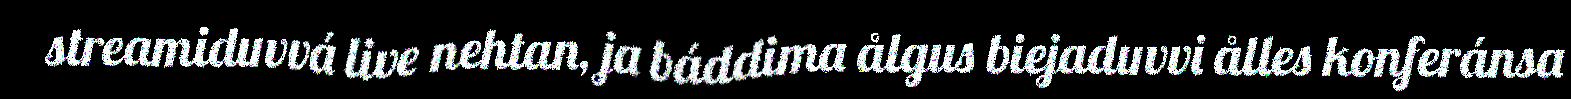
streamiduvvá live nehtan, ja báddima ålgus biejaduvvi ålles konferánsa